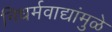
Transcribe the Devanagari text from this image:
निधर्मवाद्यांमुळे